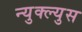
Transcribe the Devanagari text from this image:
न्युक्ल्युस